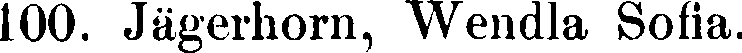
100. Jägerhorn, Wendla Sofia.